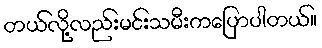
တယ်လို့လည်းမင်းသမီးကပြောပါတယ်။